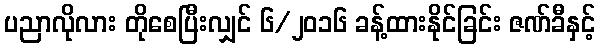
ပညာလိုလား တိုစေပြီးလျှင် ၆/၂၀၁၆ ခန့်ထားနိုင်ခြင်း ဇဏ်ခီနှင့်